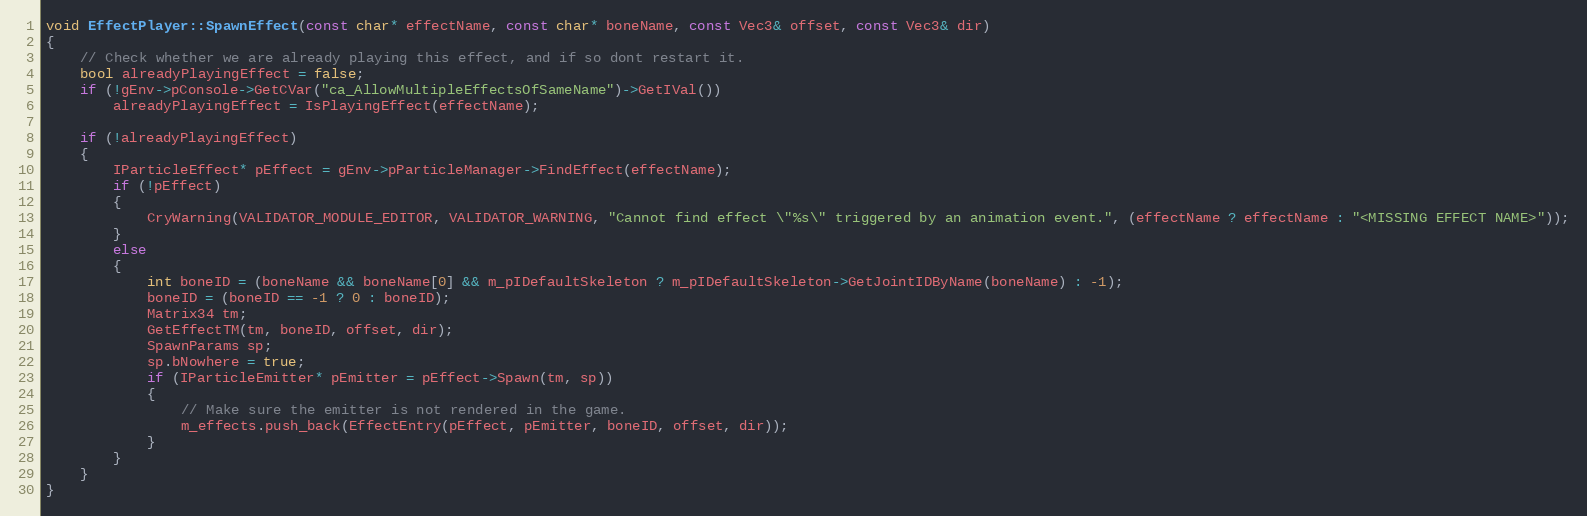
Language: C++
void EffectPlayer::SpawnEffect(const char* effectName, const char* boneName, const Vec3& offset, const Vec3& dir)
{
	// Check whether we are already playing this effect, and if so dont restart it.
	bool alreadyPlayingEffect = false;
	if (!gEnv->pConsole->GetCVar("ca_AllowMultipleEffectsOfSameName")->GetIVal())
		alreadyPlayingEffect = IsPlayingEffect(effectName);

	if (!alreadyPlayingEffect)
	{
		IParticleEffect* pEffect = gEnv->pParticleManager->FindEffect(effectName);
		if (!pEffect)
		{
			CryWarning(VALIDATOR_MODULE_EDITOR, VALIDATOR_WARNING, "Cannot find effect \"%s\" triggered by an animation event.", (effectName ? effectName : "<MISSING EFFECT NAME>"));
		}
		else
		{
			int boneID = (boneName && boneName[0] && m_pIDefaultSkeleton ? m_pIDefaultSkeleton->GetJointIDByName(boneName) : -1);
			boneID = (boneID == -1 ? 0 : boneID);
			Matrix34 tm;
			GetEffectTM(tm, boneID, offset, dir);
			SpawnParams sp;
			sp.bNowhere = true;
			if (IParticleEmitter* pEmitter = pEffect->Spawn(tm, sp))
			{
				// Make sure the emitter is not rendered in the game.
				m_effects.push_back(EffectEntry(pEffect, pEmitter, boneID, offset, dir));
			}
		}
	}
}